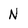
Character: N